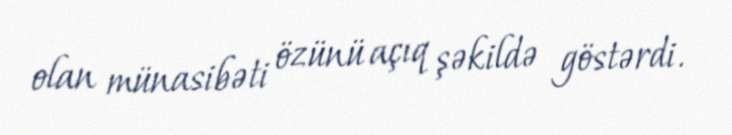
olan münasibəti özünü açıq şəkildə göstərdi.